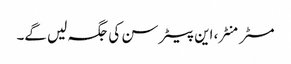
مسٹر منٹر، این پیٹر سن کی جگہ لیں گے۔